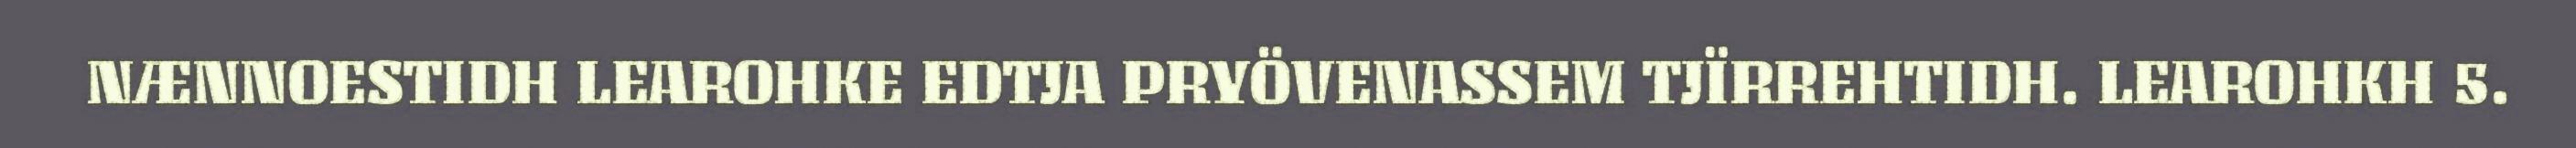
NÆNNOESTIDH LEAROHKE EDTJA PRYÖVENASSEM TJÏRREHTIDH. LEAROHKH 5.